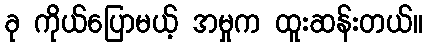
ခု ကိုယ်ပြောမယ့် အမှုက ထူးဆန်းတယ်။